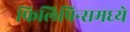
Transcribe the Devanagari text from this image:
फिलिपिन्समध्ये